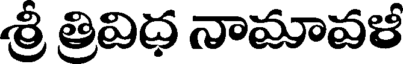
శ్రీ త్రివిధ నామావళీ